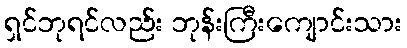
ရှင်ဘုရင်လည်း ဘုန်းကြီးကျောင်းသား